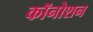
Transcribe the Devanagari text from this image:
कॉनोशन